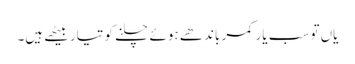
یاں تو سب یار کمر باندھے ہوئے چلنے کو تیار بیٹھے ہیں۔